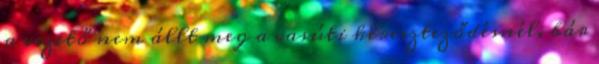
a vezető nem állt meg a vasúti kereszteződésnél, bár